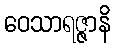
ဝေသာရဇ္ဇာနိ